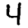
Digit: 4